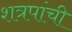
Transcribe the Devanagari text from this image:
शत्रपांची